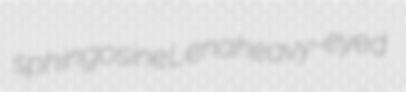
sphingosine Lena heavy-eyed